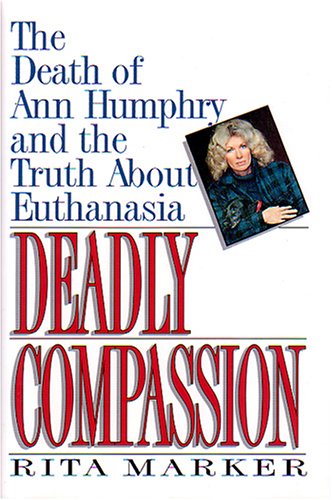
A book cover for Deadly Compassion: The Death of Ann Humphry and the Truth About Euthanasia; Rita Marker; Medical Books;